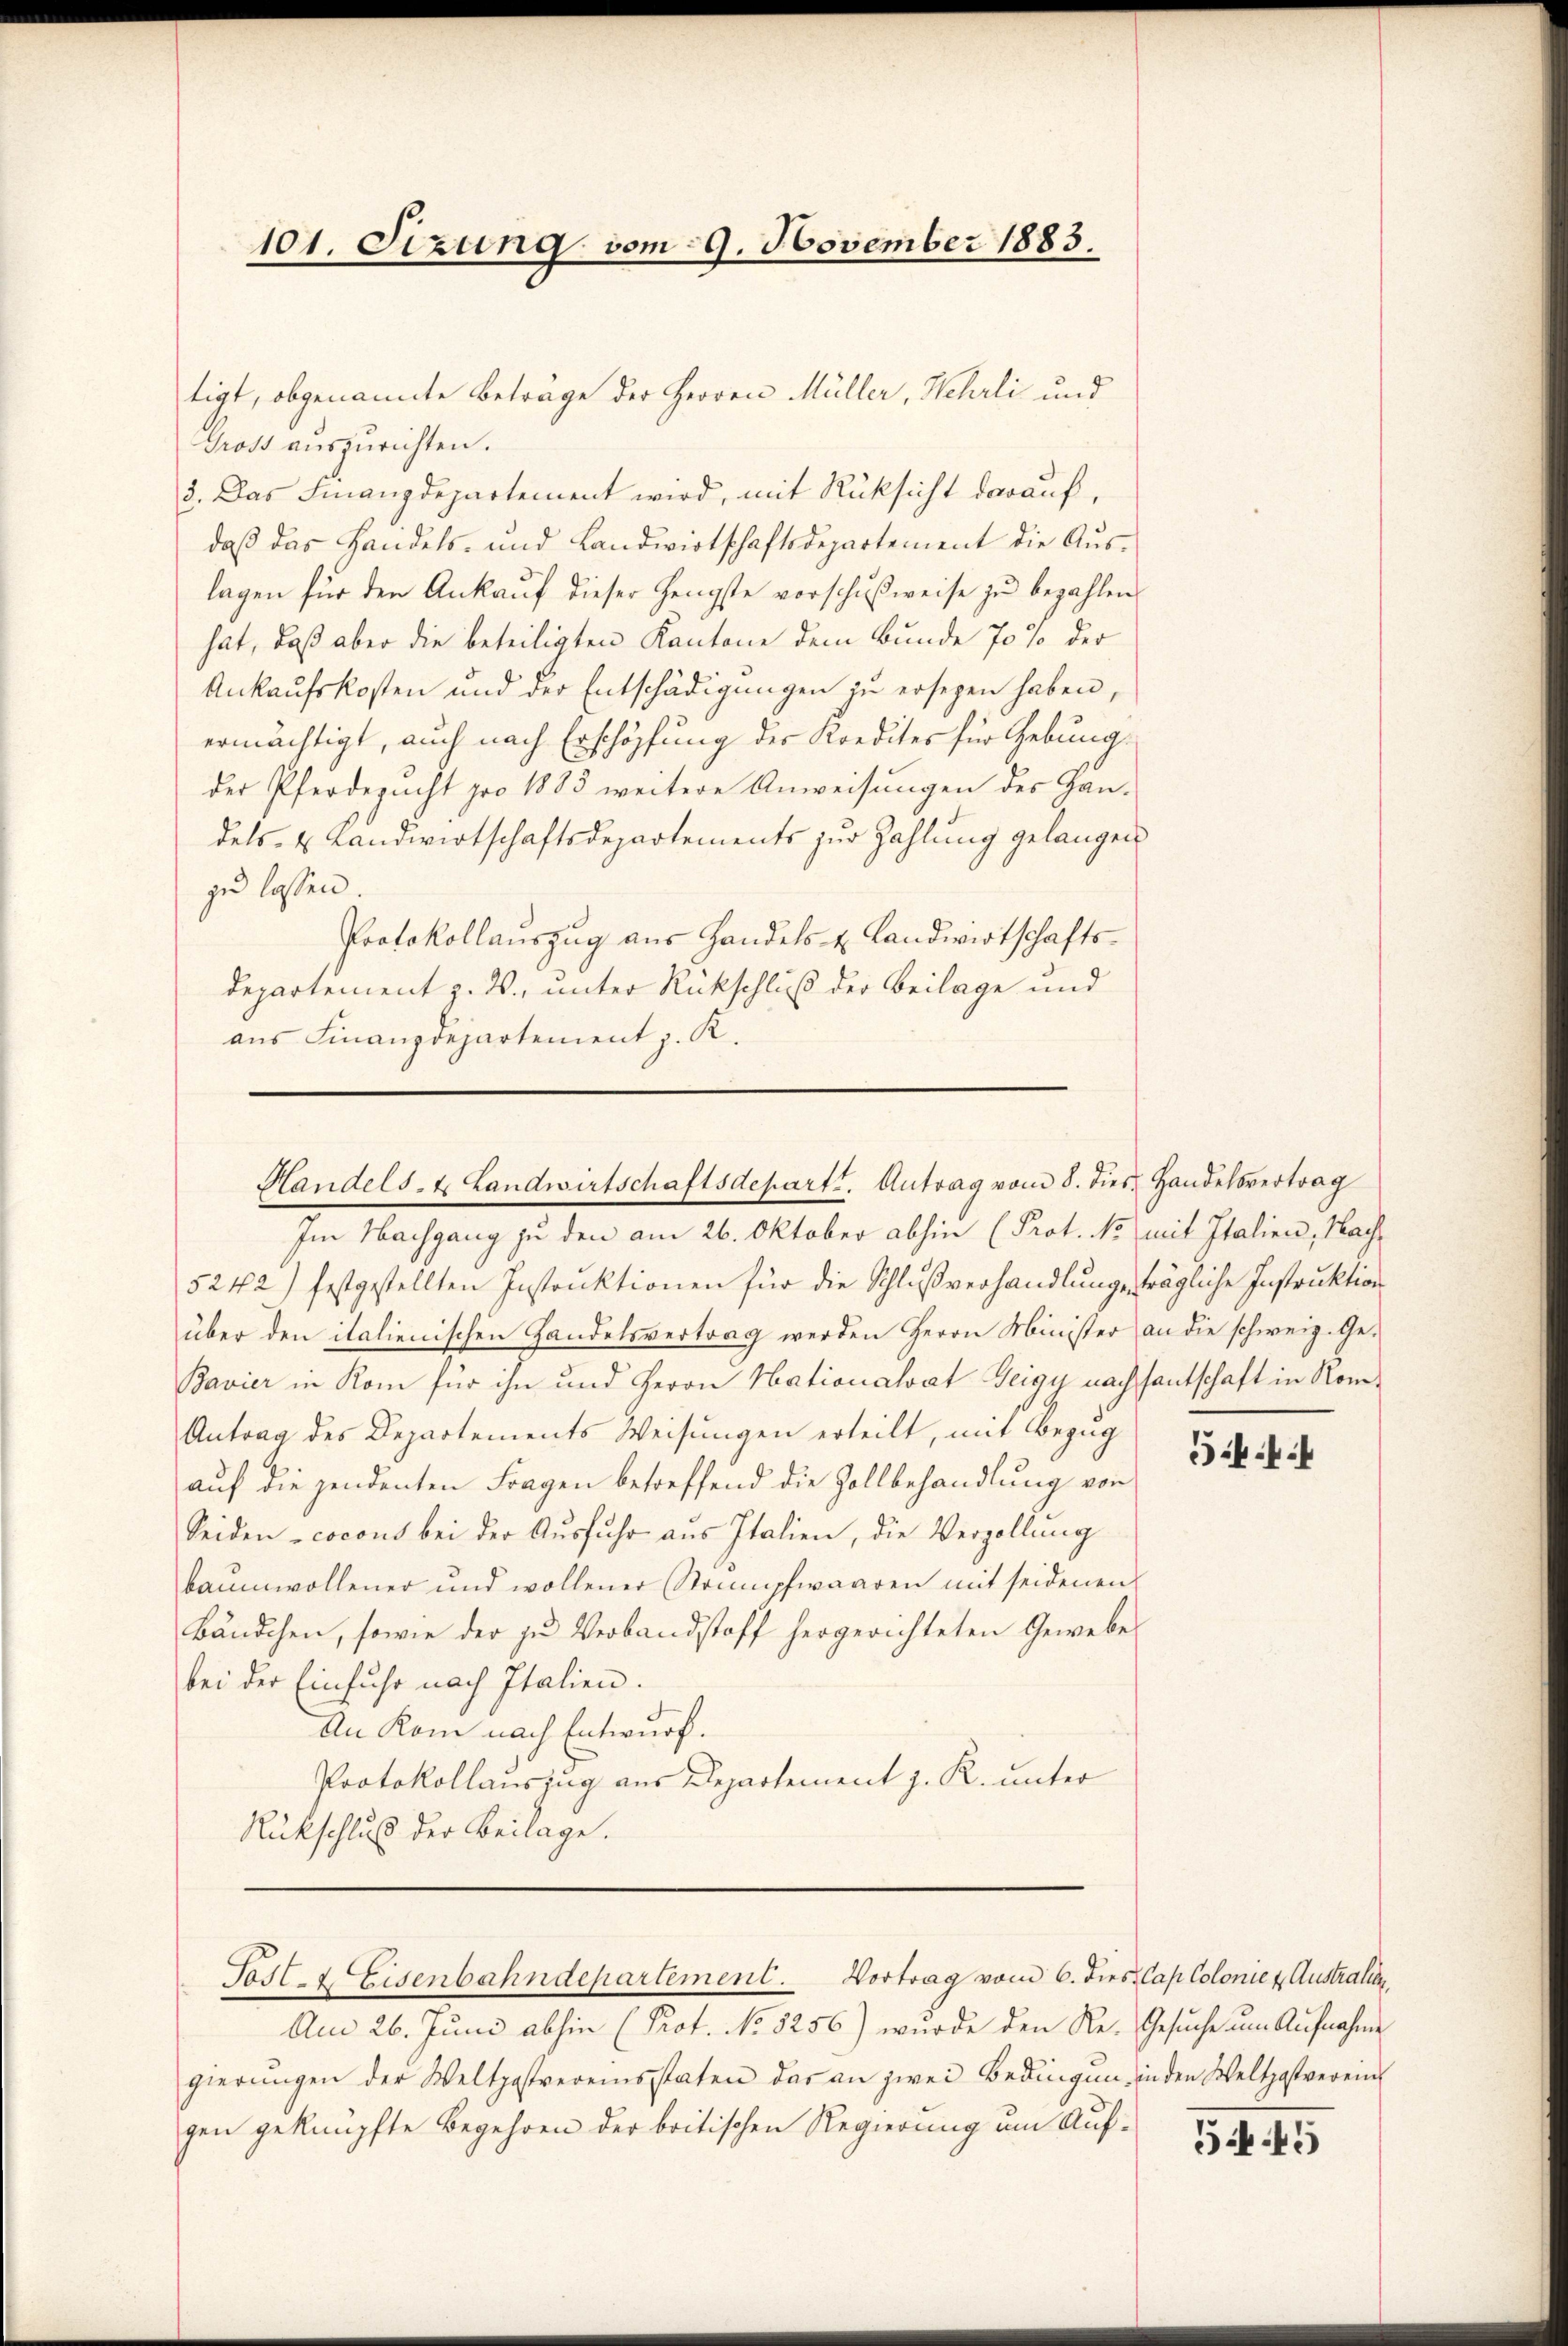
101. Sizung vom 9. November 1883.

Gross auszurichten.
3. Das Finanzdepartement wird, mit Rücksicht darauf,
daß das Handels- und Landwirtschaftsdepartement die Auslagen für den Ankaŭf dieser Hengste vorschŭβweise zŭ bezahlen
hat, daß aber die beteiligten Kantone dem Bunde 70 % der
Ankaufskosten und der Entschädigŭngen zu ersehen haben.
ermächtigt, auch nach Erschöpfung der Kredites für Gebungder Pferdezucht pro 1883 weitere Anweisungen des Handels- & Landwirtschaftsdepartements zur Zahlung gelangen
zu lassen.
Protokollauszug aus Handels- & Landwirtschafts¬
Departement z. B., unter Rückschluß der Beilage und
aus Finanzdepartement z. R.

tigt, obgenannte Beträge der Herren Müller, Wehrli und

5242) festgestellten Instrŭktionen für die Schlußverhandlungen
über den italienischen Handelsvertrag werden Herrn Minister
Bavier in Kom für ihn und Herrn Nationalrat Teigy nachsantschaft in Rom¬
Antrag des Departements Weisungen erteilt, mit Bezug
auf die pendenten Fragen betreffend die Zollbehandlung von
Seiden-cocons bei der Aŭsführ aus Italien, die Verzollŭng
baumwollener und wollener Strumpfwaaren mit seidenen
Bändchen, sowie der zu Verbandstoff hergerichteten Gewebe
bei der Einfuhr nach Italien.
An Kam nach Entwurf.
Protokollauszug aus Departement z. R. unter
Rückschluß der Beilage.
Post- & Eisenbahndepartement. Vortrag vom 6. dies Cap Colonie z. Austrafen
Am 26. Juni abhin (Prot. No 5256) wurde den Re-Gesuche um Aufnahme
gierŭngen der Weltpastvereinsstaten das an zwei Bedingŭng in den Weltzgstverein
gen geknüpfte Begehren der britischen Regierung um Auf¬

Handels- & Landwirtschaftsdepartt. Antrag vom 8. dies Handelsvertrag

Im Nachgang zu den am 26. Oktober abhin (Prot. No (mit Italien, Nach¬

trägliche Instruktion
an die schweiz. Ge¬

544

545